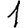
Digit: 1